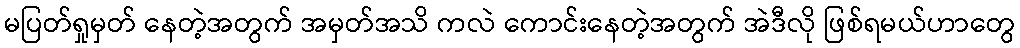
မပြတ်ရှုမှတ် နေတဲ့အတွက် အမှတ်အသိ ကလဲ ကောင်းနေတဲ့အတွက် အဲဒီလို ဖြစ်ရမယ်ဟာတွေ